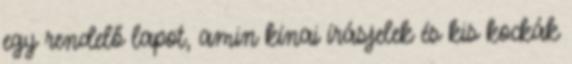
egy rendelő lapot, amin kínai írásjelek és kis kockák